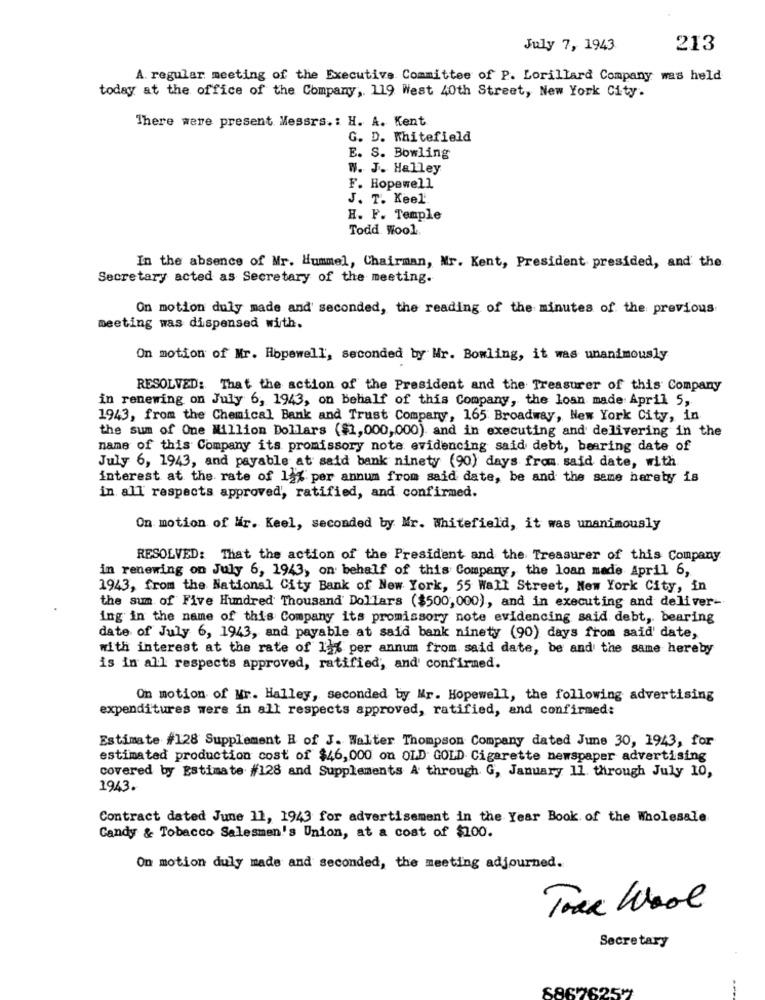
July 7, 1943
213
A. regular meeting of the Executive Committee of P. Lorillard Company was held
today at the office of the Company, 119 West 40th Street, New York City.
There were present Messrs .: H. A. Kent
G. D. Whitefield
E. S. Bowling
W. J. Halley
F. Hopewell
J. T. Keel'
H. F. Temple
Todd Wool.
In the absence of Mr. Hummel, Chairman, Mr. Kent, President presided, and the
Secretary acted as Secretary of the meeting.
On motion duly made and seconded, the reading of the minutes of the previous
meeting was dispensed with.
On motion of Mr. Hopewell, seconded by Mr. Bowling, it was unanimously
RESOLVED: That the action of the President and the Treasurer of this Company
in renewing on July 6, 1943, on behalf of this Company, the loan made April 5,
1943, from the Chemical Bank and Trust Company, 165 Broadway, New York City, in
the sum of One Million Dollars ($1,000,000). and in executing and delivering in the
name of this Company its promissory note evidencing said debt, bearing date of
July 6, 1943, and payable at said bank ninety (90) days from. said date, with
interest at the rate of 12% per annum from said date, be and the same hereby is
in all respects approved, ratified, and confirmed.
On motion of Mir. Keel, seconded by Mr. Whitefield, it was unanimously
RESOLVED: That the action of the President and the Treasurer of this Company
in renewing on July 6, 1943, on behalf of this Company, the loan made April 6,
1943, from the National City Bank of New York, 55 Wall Street, New York City, in
the sum of Five Hundred Thousand Dollars ($500, 000), and in executing and deliver-
ing in the name of this Company its promissory note evidencing said debt, bearing
date of July 6, 1943, and payable at said bank ninety (90) days from said' date,
with interest at the rate of 12% per annum from said date, be and the same hereby
is in all respects approved, ratified, and' confirmed.
On motion of Mr. Halley, seconded by Mr. Hopewell, the following advertising
expenditures wers in all respects approved, ratified, and confirmed:
Estimate #128 Supplement B of J. Walter Thompson Company dated June 30, 1943, for
estimated production cost of $46,000 on OLD GOLD Cigarette newspaper advertising
covered by Estimate #128 and Supplements A through G, January 11. through July 10,
1943.
Contract dated June 11, 1943 for advertisement in the Year Book of the Wholesale
Candy & Tobacco Salesmen's Union, at a cost of $100.
On motion duly made and seconded, the meeting adjourned.
Trak Wool
Secretary
6867525"